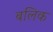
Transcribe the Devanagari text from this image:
बलिक